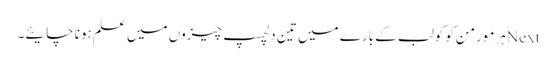
Nextہرمورمن کوکولب کے بارے میں تین دلچسپ چیزوں میں علم ہونا چایئے۔